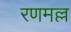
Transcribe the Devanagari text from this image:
रणमल्ल